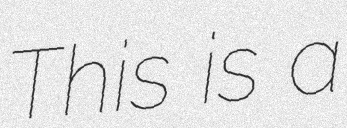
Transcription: This is a